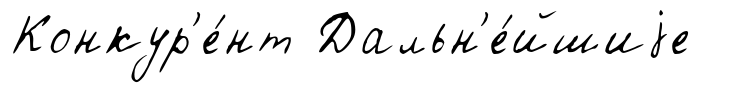
Конкур'е́нт Дальн'е́йшиjе